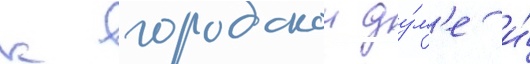
к городскои ду́м'е и́